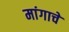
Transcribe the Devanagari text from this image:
मांगाचे